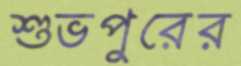
শুভপুরের